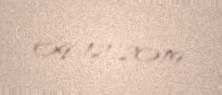
09-12-2019